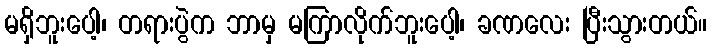
မရှိဘူးပေါ့၊ တရားပွဲက ဘာမှ မကြာလိုက်ဘူးပေါ့၊ ခဏလေး ပြီးသွားတယ်။